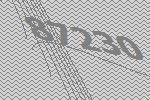
87230